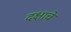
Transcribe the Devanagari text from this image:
दक्षाचे